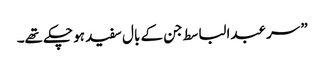
” سر عبدالباسط جن کے بال سفید ہو چکے تھے۔